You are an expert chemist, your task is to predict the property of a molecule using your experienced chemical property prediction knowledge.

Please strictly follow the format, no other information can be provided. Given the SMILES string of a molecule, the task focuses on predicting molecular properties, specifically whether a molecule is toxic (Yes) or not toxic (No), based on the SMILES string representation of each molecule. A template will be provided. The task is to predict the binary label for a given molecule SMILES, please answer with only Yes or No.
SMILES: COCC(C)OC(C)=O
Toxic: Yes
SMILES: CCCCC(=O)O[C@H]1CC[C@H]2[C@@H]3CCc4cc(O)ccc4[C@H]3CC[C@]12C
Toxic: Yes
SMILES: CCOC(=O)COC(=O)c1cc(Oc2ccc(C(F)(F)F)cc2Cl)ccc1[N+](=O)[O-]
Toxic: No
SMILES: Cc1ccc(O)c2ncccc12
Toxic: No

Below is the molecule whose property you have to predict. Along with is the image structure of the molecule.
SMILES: C(=C(c1ccccc1)c1ccccc1)c1ccccc1
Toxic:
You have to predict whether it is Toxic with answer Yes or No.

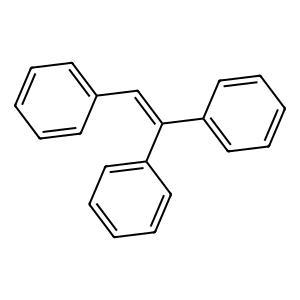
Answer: No